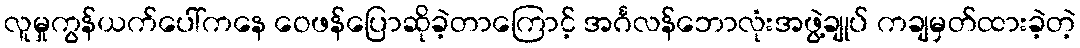
လူမှုကွန်ယက်ပေါ်ကနေ ဝေဖန်ပြောဆိုခဲ့တာကြောင့် အင်္ဂလန်ဘောလုံးအဖွဲ့ချုပ် ကချမှတ်ထားခဲ့တဲ့